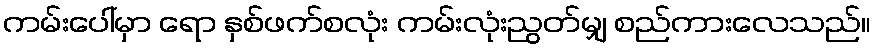
ကမ်းပေါ်မှာ ရော နှစ်ဖက်စလုံး ကမ်းလုံးညွတ်မျှ စည်ကားလေသည်။